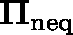
\mathbf { \Pi } _ { \mathrm { n e q } }